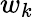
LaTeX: w_{k}